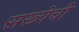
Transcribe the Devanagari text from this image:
सख्येची